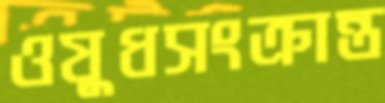
ওষুধসংক্রান্ত